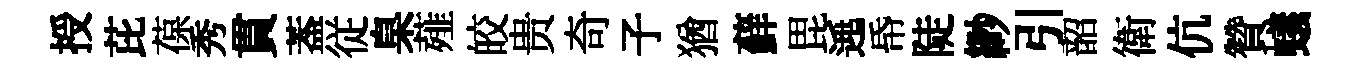
授芘葆秀貫葢従臬薤皎贵奇子猶蘚毘𨓱帋陡緲引韶衛伉贊蟻